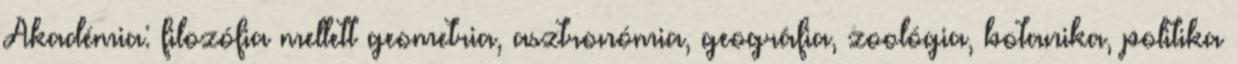
Akadémia: filozófia mellett geometria, asztronómia, geográfia, zoológia, botanika, politika